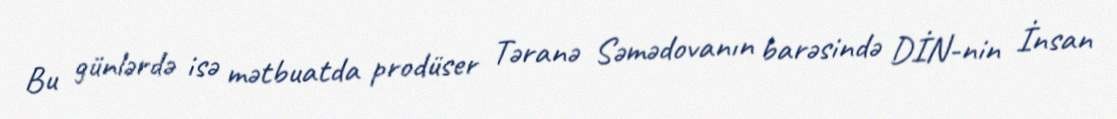
Bu günlərdə isə mətbuatda prodüser Təranə Səmədovanın barəsində DİN-nin İnsan